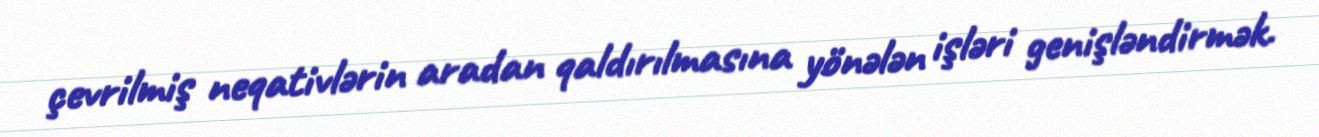
çevrilmiş neqativlərin aradan qaldırılmasına yönələn işləri genişləndirmək.